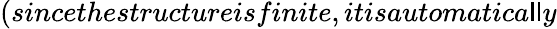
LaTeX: (sincethestructureisfinite,itisautomatica\mathsf{l}\mathsf{l}y